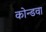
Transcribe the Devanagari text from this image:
कोन्डवा